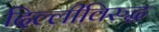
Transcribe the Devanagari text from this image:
दिल्लीविरुद्ध